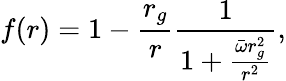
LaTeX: f(r)=1-\frac{r_{g}}{r}\frac{1}{1+\frac{\bar{\omega}r_{g}^{2}}{r^{2}}},